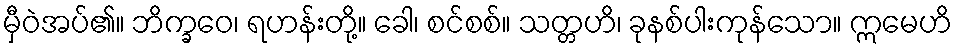
မှီဝဲအပ်၏။ ဘိက္ခဝေ၊ ရဟန်းတို့။ ခေါ၊ စင်စစ်။ သတ္တဟိ၊ ခုနစ်ပါးကုန်သော။ ဣမေဟိ